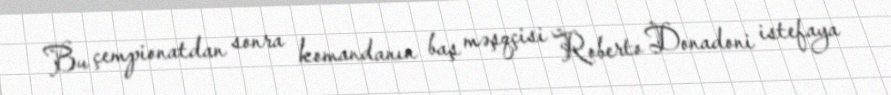
Bu çempionatdan sonra komandanın baş məşqçisi Roberto Donadoni istefaya